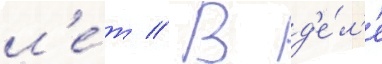
л'е́т // В д'е́л'е